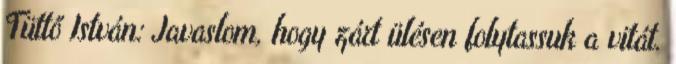
Tüttő István: Javaslom, hogy zárt ülésen folytassuk a vitát.